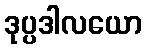
ဒုပ္ပဒါလယော